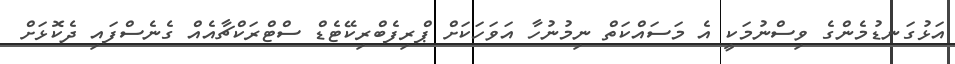
އަޅުގަނޑުމެންގެ ވިސްނުމަކީ އެ މަސައްކަތް ނިމުނުހާ އަވަހަކަށް ޕްރިފެބްރިކޭޓެޑް ސްޓްރަކްޗާއެއް ގެނެސްފައި ދެކޮޅަށް